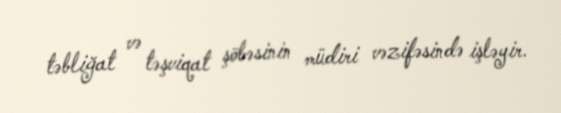
təbliğat və təşviqat şöbəsinin müdiri vəzifəsində işləyir.